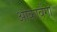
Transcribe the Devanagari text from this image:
ओकावैंगो